Source: Handwritten
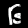
Digit: ၆ (6)